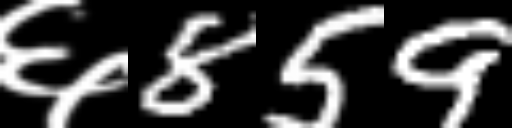
Text: ६859